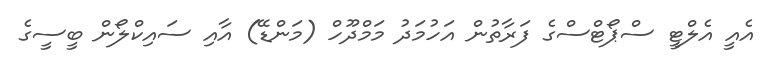
އެއީ އެލްޓީ ސްޕޯޓްސްގެ ފަރާތުން އަހުމަދު މަމްދޫހް (މަންޑޭ) އާއި ސައިކްލޯން ބީސީގެ